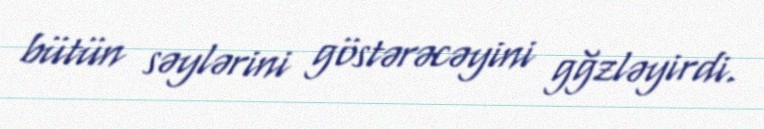
bütün səylərini göstərəcəyini gğzləyirdi.